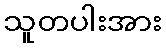
သူတပါးအား